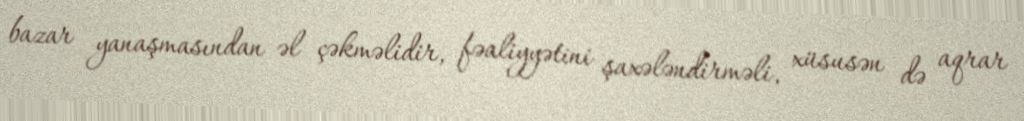
bazar yanaşmasından əl çəkməlidir, fəaliyyətini şaxələndirməli, xüsusən də aqrar